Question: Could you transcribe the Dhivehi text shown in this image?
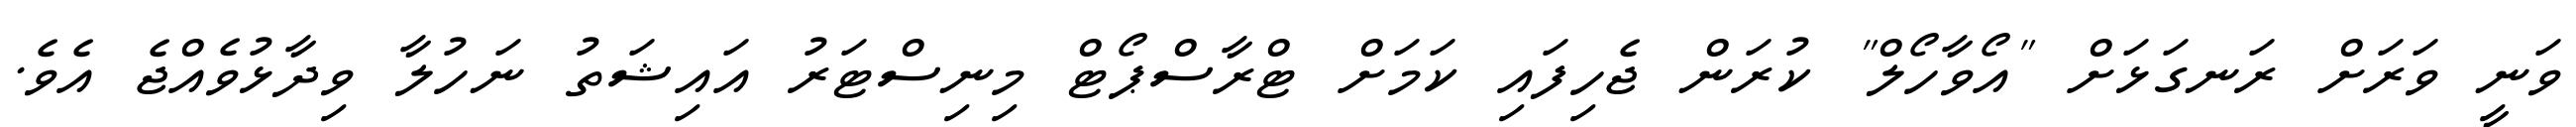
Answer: ވަނީ ވަރަށް ރަނގަޅަށް "އޯވާހޯލް" ކުރަން ޖެހިފައި ކަމަށް ޓްރާސްޕޯޓް މިނިސްޓަރު އައިޝަތު ނަހުލާ ވިދާޅުވެއްޖެ އެވެ.